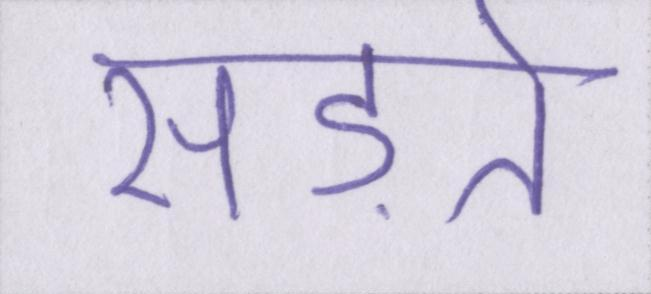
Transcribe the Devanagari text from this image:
सड़ते